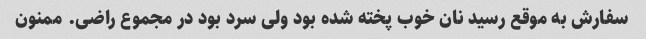
سفارش به موقع رسید نان خوب پخته شده بود ولی سرد بود در مجموع راضی. ممنون